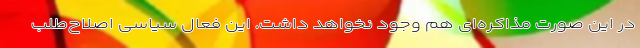
در این صورت مذاکره‌ای هم وجود نخواهد داشت. این فعال سیاسی اصلاح‌طلب